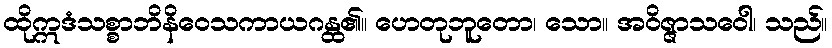
ထိုဣဒံသစ္စာဘိနိဝေသကာယဂန္ထ၏။ ဟေတုဘူတော၊ သော။ အဝိဇ္ဇာသဝေါ၊ သည်။